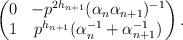
LaTeX: \begin{align*} \begin{pmatrix} 0&-p^{2h_{n+1}}(\alpha_n\alpha_{n+1})^{-1}\\ 1&p^{h_{n+1}}(\alpha_n^{-1}+\alpha_{n+1}^{-1}) \end{pmatrix}. \end{align*}